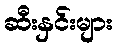
ဆီးနှင်းများ